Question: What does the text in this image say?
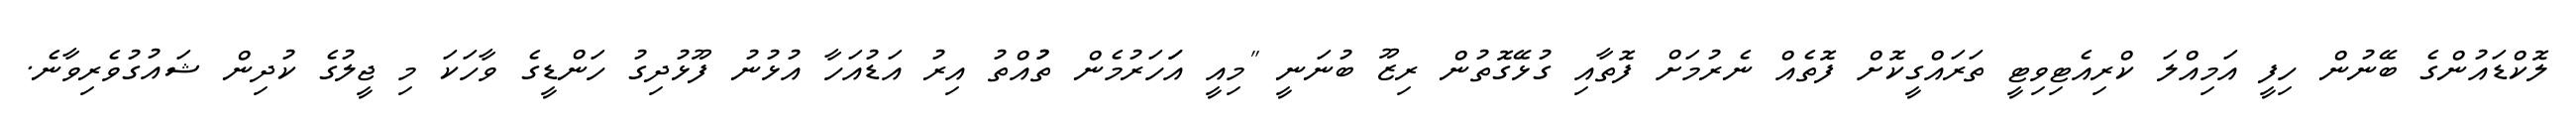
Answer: ލޮކްޑައުންގެ ބޭނުން ހިފީ އަމިއްލަ ކްރިއެޓިވިޓީ ތަރައްގީކޮށް ފޮތެއް ނެރުމަށް ފޮތާއި ގުޅޭގޮތުން ރިޒޫ ބުނަނީ "މިއީ އަަހަރުމެން ތުުއްތު އިރު އަޑުއަހާ އުޅުނު ފޫޅުދިގު ހަންޑީގެ ވާހަކަ މި ޖީލުގެ ކުދިން ޝައުގުވެރިވާނެ.